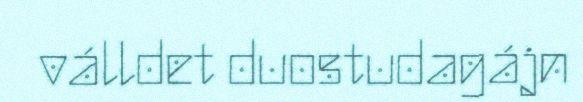
válldet duostudagájn